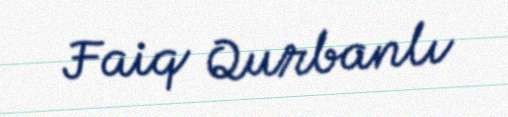
Faiq Qurbanlı